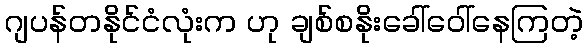
ဂျပန်တနိုင်ငံလုံးက ဟု ချစ်စနိုးခေါ်ဝေါ်နေကြတဲ့